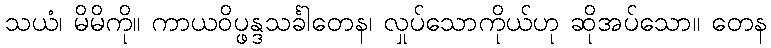
သယံ၊ မိမိကို။ ကာယဝိပ္ဖန္ဒသင်္ခါတေန၊ လှုပ်သောကိုယ်ဟု ဆိုအပ်သော။ တေန